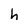
Character: h